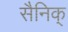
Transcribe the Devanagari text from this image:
सैनिक्